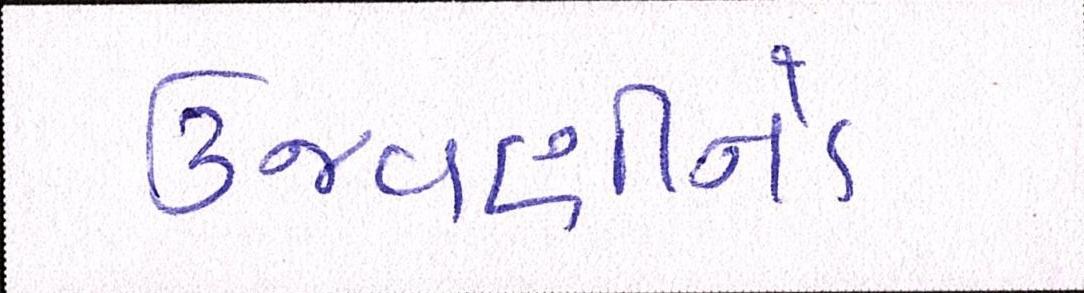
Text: ઉજવણીનો